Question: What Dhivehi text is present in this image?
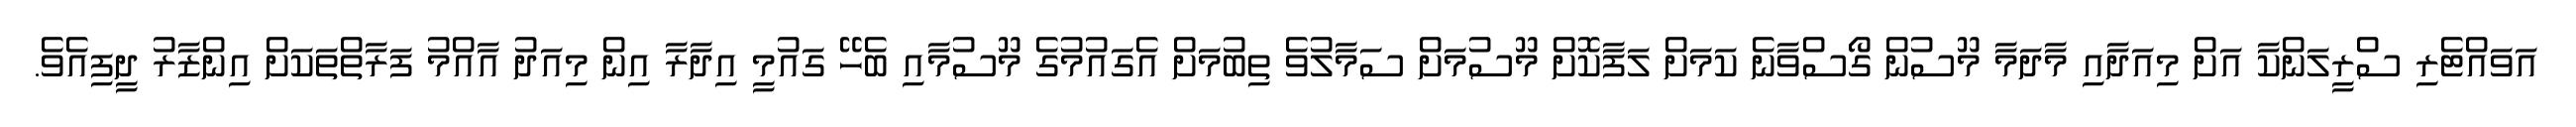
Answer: އަވައްޓެރި ސްރީލަންކާ އަށް މިއަދާއި މާދަމާ މޫސުން ގޯސްވާނެ ކަމަށް ލަފާކޮށް މޫސުމަށް ސަމާލުވެ ތިބުމަށް އެގައުމުގެ މޫސުމާއި ބެހޭ ގައުމީ އިދާރާ އިން މިއަދު އާއްމު ފަރާތްތަކަށް އިންޒާރު ދީފިއެވެ.